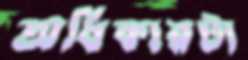
অধিকারটা